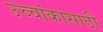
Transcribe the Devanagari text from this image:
उच्चांकासाठी